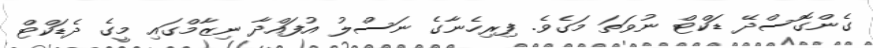
ގެންގޮސްދޭ ޑަކްޓް ނުވަތަ މަގެވެ. ފިރިހެނާގެ ނަސްލު އުފައްދާ ނިޒާމްގައި މީގެ ދެޑަކްޓް